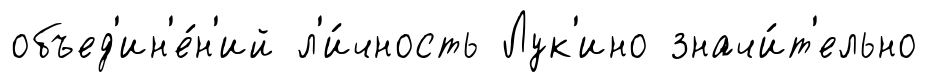
объед'ин'е́н'ий л'и́чность Лук'ино значи́т'ельно